Indian journal of veterinary science and animal husbandry - Volume 13,
Year: 1943
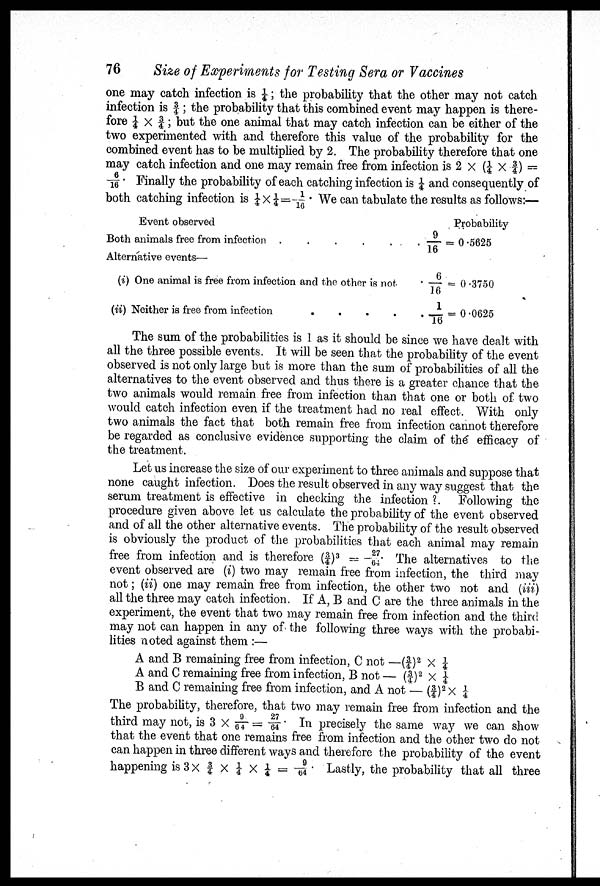
76
Size of Experiments for Testing Sera or Vaccines
one may catch infection is ¼ the probability that the other may not catch
infection is ¾ ; the probability that this combined event may happen is there-
fore ¼ × ¾ ; but the one animal that may catch infection can be either of the
two experimented with and therefore this value of the probability for the
combined event has to be multiplied by 2. The probability therefore that one
may catch infection and one may remain free from infection is 2 × (¼ × ¾) =
6/16 Finally the probability of each catching infection is ¼ and consequently of
both catching infection is ¼ × ¼ =1/16 We can tabulate the results as follows:—
Event observed
Both animals free from infection
.....
Probability
. 9/16 = 0.5625
Alternative events—
(i) One animal is free from infection and the other is not
(ii) Neither is free from infection
....
6/16 = 0.3750
1/16 = 0.0625
The sum of the probabilities is 1 as it should be since we have dealt with
all the three possible events. It will be seen that the probability of the event
observed is not only large but is more than the sum of probabilities of all the
alternatives to the event observed and thus there is a greater chance that the
two animals would remain free from infection than that one or both of two
would catch infection even if the treatment had no real effect. With only
two animals the fact that both remain free from infection cannot therefore
be regarded as conclusive evidence supporting the claim of the efficacy of
the treatment.
Let us increase the size of our experiment to three animals and suppose that
none caught infection. Does the result observed in any way suggest that the
serum treatment is effective in checking the infection ? Following the
procedure given above let us calculate the probability of the event observed
and of all the other alternative events. The probability of the result observed
is obviously the product of the probabilities that each animal may remain
free from infection and is therefore (¾) 3 = 27/64 The alternatives to the
event observed are (i) two may remain free from infection, the third may
not; (ii) one may remain free from infection, the other two not and (iii)
all the three may catch infection. If A, B and C are the three animals in the
experiment, the event that two may remain free from infection and the third
may not can happen in any of the following three ways with the probabi-
lities noted against them :—
A and B remaining free from infection, C not —(¾ ) 2 × ¼
A and C remaining free from infection, B not — (¾ ) 2 × ¼
B and C remaining free from infection, and A not — (¾ ) 2 × ¼
The probability, therefore, that two may remain free from infection and the
third may not, is 3 × 9/64 = 27/64 In precisely the same way we can show
that the event that one remains free from infection and the other two do not
can happen in three different ways and therefore the probability of the event
happening is 3 × ¾ × ¼ × ¼ = 9/64. Lastly, the probability that all three